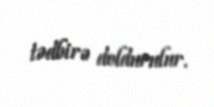
tədbirə doldurulur.